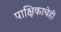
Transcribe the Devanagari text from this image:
पाक्षिकाचेही